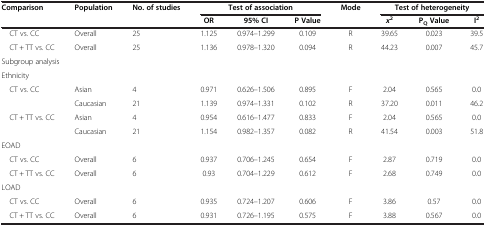
<table><thead><tr><td><b>Comparison</b></td><td><b>Population</b></td><td><b>No. of studies</b></td><td colspan="3"><b>Test of association</b></td><td><b>Mode</b></td><td colspan="3"><b>Test of heterogeneity</b></td></tr><tr><td><b> </b></td><td><b> </b></td><td><b> </b></td><td><b>OR</b></td><td><b>95% CI</b></td><td><b>P Value</b></td><td><b> </b></td><td><b><i>x</i><sup>2</sup></b></td><td><b>P<sub>Q </sub>Value</b></td><td><b>I<sup>2</sup></b></td></tr></thead><tbody><tr><td> CT vs. CC</td><td>Overall</td><td>25</td><td>1.125</td><td>0.974–1.299</td><td>0.109</td><td>R</td><td>39.65</td><td>0.023</td><td>39.5</td></tr><tr><td> CT + TT vs. CC</td><td>Overall</td><td>25</td><td>1.136</td><td>0.978–1.320</td><td>0.094</td><td>R</td><td>44.23</td><td>0.007</td><td>45.7</td></tr><tr><td colspan="10">Subgroup analysis</td></tr><tr><td>Ethnicity</td><td> </td><td> </td><td> </td><td> </td><td> </td><td> </td><td> </td><td> </td><td> </td></tr><tr><td> CT vs. CC</td><td>Asian</td><td>4</td><td>0.971</td><td>0.626–1.506</td><td>0.895</td><td>F</td><td>2.04</td><td>0.565</td><td>0.0</td></tr><tr><td> </td><td>Caucasian</td><td>21</td><td>1.139</td><td>0.974–1.331</td><td>0.102</td><td>R</td><td>37.20</td><td>0.011</td><td>46.2</td></tr><tr><td> CT + TT vs. CC</td><td>Asian</td><td>4</td><td>0.954</td><td>0.616–1.477</td><td>0.833</td><td>F</td><td>2.04</td><td>0.565</td><td>0.0</td></tr><tr><td> </td><td>Caucasian</td><td>21</td><td>1.154</td><td>0.982–1.357</td><td>0.082</td><td>R</td><td>41.54</td><td>0.003</td><td>51.8</td></tr><tr><td>EOAD</td><td> </td><td> </td><td> </td><td> </td><td> </td><td> </td><td> </td><td> </td><td> </td></tr><tr><td> CT vs. CC</td><td>Overall</td><td>6</td><td>0.937</td><td>0.706–1.245</td><td>0.654</td><td>F</td><td>2.87</td><td>0.719</td><td>0.0</td></tr><tr><td> CT + TT vs. CC</td><td>Overall</td><td>6</td><td>0.93</td><td>0.704–1.229</td><td>0.612</td><td>F</td><td>2.68</td><td>0.749</td><td>0.0</td></tr><tr><td>LOAD</td><td> </td><td> </td><td> </td><td> </td><td> </td><td> </td><td> </td><td> </td><td> </td></tr><tr><td> CT vs. CC</td><td>Overall</td><td>6</td><td>0.935</td><td>0.724–1.207</td><td>0.606</td><td>F</td><td>3.86</td><td>0.57</td><td>0.0</td></tr><tr><td> CT + TT vs. CC</td><td>Overall</td><td>6</td><td>0.931</td><td>0.726–1.195</td><td>0.575</td><td>F</td><td>3.88</td><td>0.567</td><td>0.0</td></tr></tbody></table>